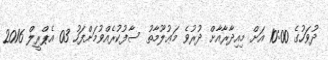
ދުވަހުގެ 10:00 އަށް މިއިދާރާއާށް ދުރުވެ މަޢުލޫމާތު ސާފުކުރެއްވުމަށްފަހު 03 އެޕްރީލް 2016